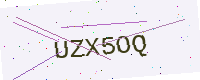
Text: UZX5OQ